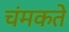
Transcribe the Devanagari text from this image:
चंमकते